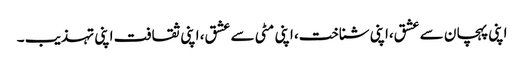
اپنی پہچان سے عشق،اپنی شناخت، اپنی مٹی سے عشق، اپنی ثقافت اپنی تہذیب ۔